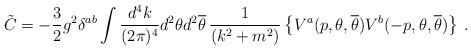
LaTeX: \begin{align*}\tilde{C} = -\frac{3}{2} g^{2}\delta^{ab}\int \frac{d^{4}k}{(2\pi)^{4}} d^{2}\theta d^{2}{\overline\theta} \, \frac{1}{(k^{2}+m^{2})} \left\{ V^{a}(p,\theta,{\overline\theta}) V^{b}(-p,\theta,{\overline\theta}) \right\} \, .\end{align*}